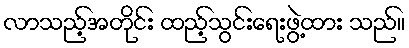
လာသည့်အတိုင်း ထည့်သွင်းရေးဖွဲ့ထား သည်။